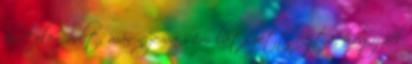
hirtelen volt, már nyoma sem látszott rajta, hogy fél